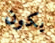
يكون